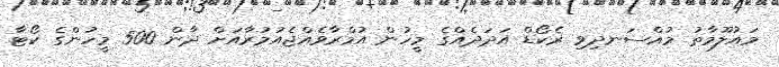
މައުލޫމާތު މުއްސަނދިވި ރެކޯޑް އަދަދެއްގެ މީހުން އުމްރާވެއްޖެއުމުރާއަށް ދާން 500 މީހުންގެ ކޯޓާ